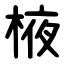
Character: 棭